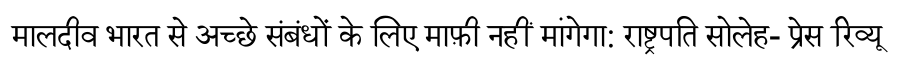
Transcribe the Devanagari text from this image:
मालदीव भारत से अच्छे संबंधों के लिए माफ़ी नहीं मांगेगा: राष्ट्रपति सोलेह- प्रेस रिव्यू